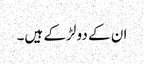
ان کے دو لڑکے ہیں۔